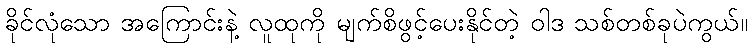
ခိုင်လုံသော အကြောင်းနဲ့ လူထုကို မျက်စိဖွင့်ပေးနိုင်တဲ့ ဝါဒ သစ်တစ်ခုပဲကွယ်။